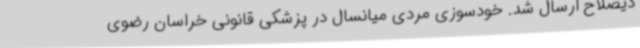
ذیصلاح ارسال شد. خودسوزی مردی میانسال در پزشکی قانونی خراسان رضوی